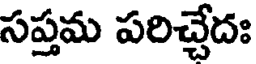
సప్తమ పరిచ్చేదః